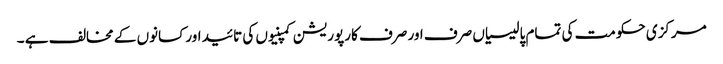
مرکزی حکومت کی تمام پالیسیاں صرف اور صرف کارپوریشن کمپنیوں کی تائید اور کسانوں کے مخالف ہے ۔